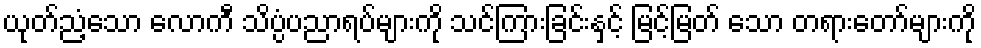
ယုတ်ညံ့သော လောကီ သိပ္ပံပညာရပ်များကို သင်ကြားခြင်းနှင့် မြင့်မြတ် သော တရားတော်များကို